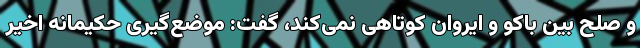
و صلح بین باکو و ایروان کوتاهی نمی‌کند، گفت: موضع‌گیری حکیمانه اخیر